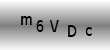
Text: m6VDc